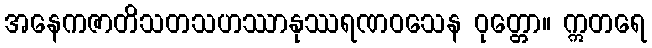
အနေကဇာတိသတသဟဿာနုဿရဏဝသေန ဝုတ္တော။ ဣတရေ